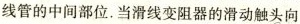
线管的中间部位.当滑线变阻器的滑动触头向